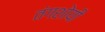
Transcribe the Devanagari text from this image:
तंगशोयी